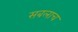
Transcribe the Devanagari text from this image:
सबलाच